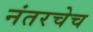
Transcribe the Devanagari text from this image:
नंतरचेच